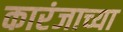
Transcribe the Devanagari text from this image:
कारंजाच्या